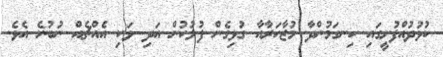
ކުޅުދުއްފުށީގައި ހިނގަމުންދާ މުޒާހަރާއާ ގުޅިގެން ފުލުހުން އަދި ވަކި އެއްޗެއް ނުބުނެ އެވެ.